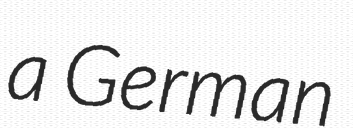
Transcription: a German